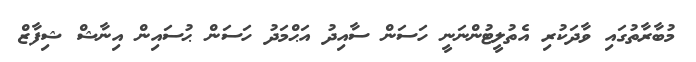
މުބާރާތުގައި ވާދަކުރި އެތުލީޓުންނަނީ ހަސަން ސާއިދު އަޙްމަދު ހަސަން ޙުސައިން އިނާޝް ޝިފާޒް